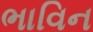
ભાવિન